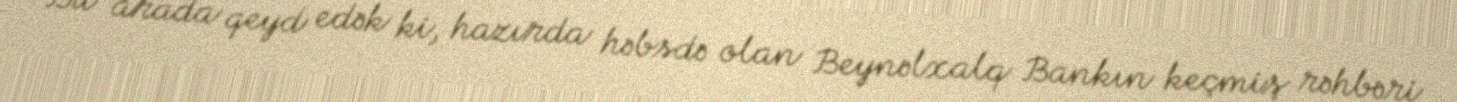
Bu arada qeyd edək ki, hazırda həbsdə olan Beynəlxalq Bankın keçmiş rəhbəri